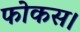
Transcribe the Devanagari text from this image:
फोकस।